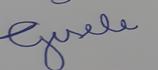
Signature authenticity: forged